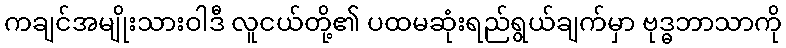
ကချင်အမျိုးသားဝါဒီ လူငယ်တို့၏ ပထမဆုံးရည်ရွယ်ချက်မှာ ဗုဒ္ဓဘာသာကို